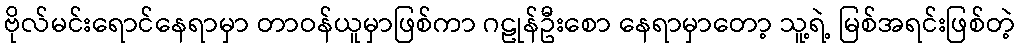
ဗိုလ်မင်းရောင်နေရာမှာ တာဝန်ယူမှာဖြစ်ကာ ဂဠုန်ဦးစော နေရာမှာတော့ သူ့ရဲ့ မြစ်အရင်းဖြစ်တဲ့